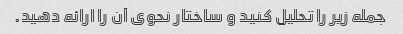
جمله زیر را تحلیل کنید و ساختار نحوی آن را ارائه دهید.